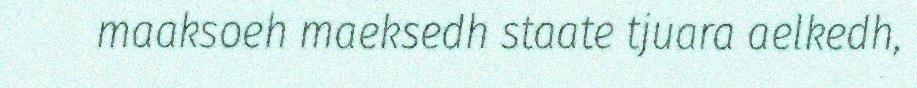
maaksoeh maeksedh staate tjuara aelkedh,